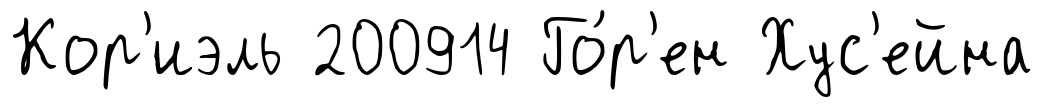
Кор'иэль 200914 Го́р'ен Хус'ейна